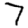
Digit: 7